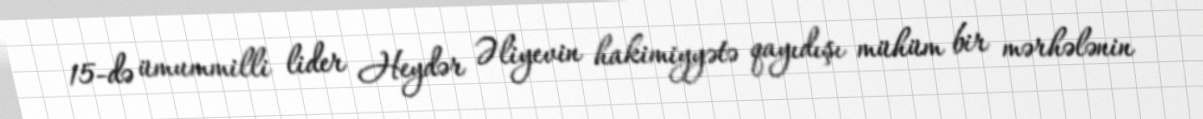
15-də ümummilli lider Heydər Əliyevin hakimiyyətə qayıdışı mühüm bir mərhələnin